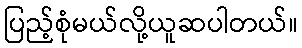
ပြည့်စုံမယ်လို့ယူဆပါတယ်။